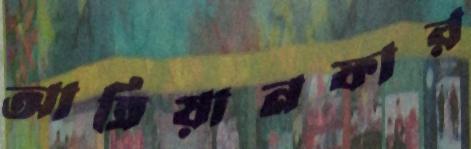
আত্রিয়ানফার